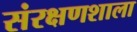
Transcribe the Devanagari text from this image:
संरक्षणशाला